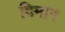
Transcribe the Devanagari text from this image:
दिमाग